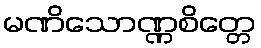
မဏိသောဏ္ဏစိတ္တေ